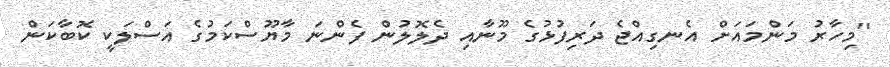
''މިހާރު މަންމައަށް އެނގިއްޖެ ދަރިފުޅުގެ މޫނާއި ދެލޮލުން ފެންނަ މާޔޫސްކަމުގެ އަސްލަކީ ކޮބާކަން